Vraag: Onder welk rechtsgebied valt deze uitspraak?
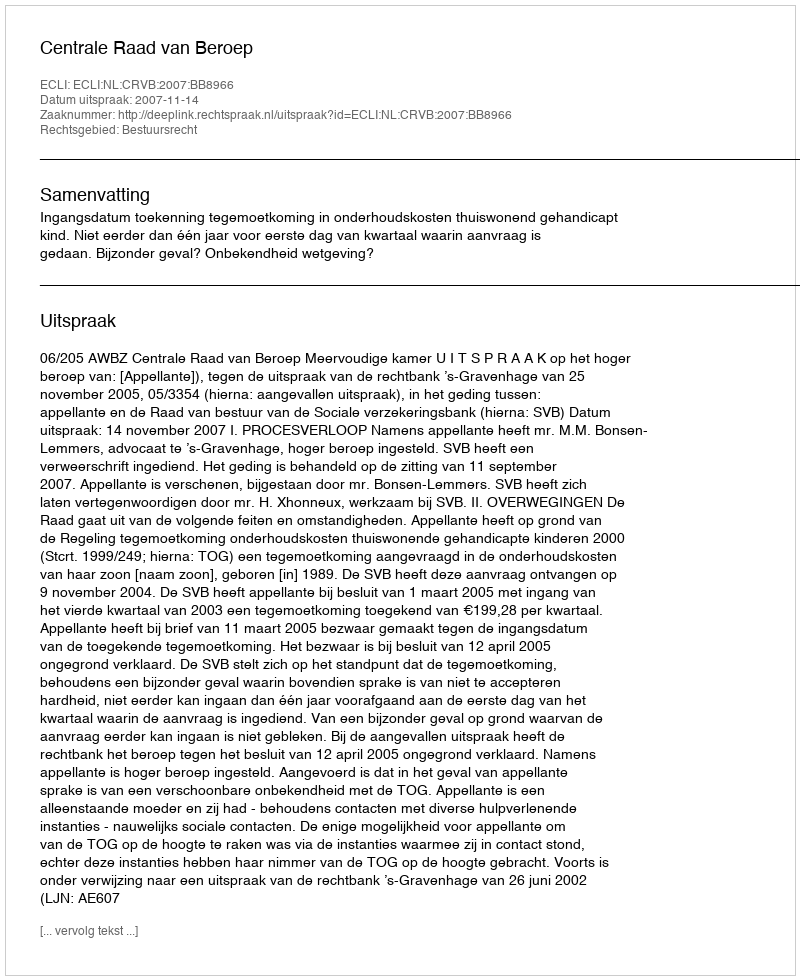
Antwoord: Bestuursrecht